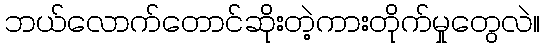
ဘယ်လောက်တောင်ဆိုးတဲ့ကားတိုက်မှုတွေလဲ။